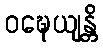
ဝဍ္ဎေယျန္တိ